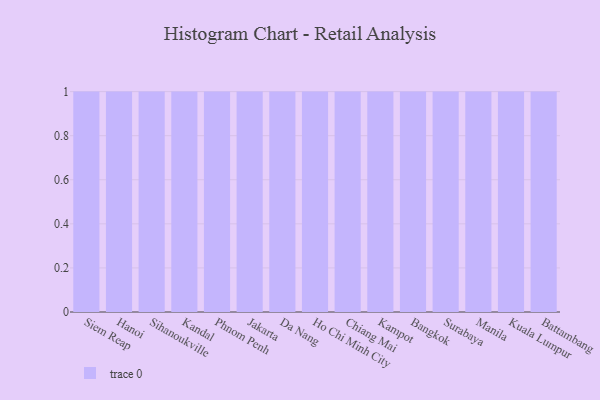
{"axis": {"x": "City", "y": "Waste Production (Tons)"}, "legend": [""], "data": [{"x": "Siem Reap", "y": 30, "type": ""}, {"x": "Hanoi", "y": 14, "type": ""}, {"x": "Sihanoukville", "y": 2, "type": ""}, {"x": "Kandal", "y": 17, "type": ""}, {"x": "Phnom Penh", "y": 93, "type": ""}, {"x": "Jakarta", "y": 85, "type": ""}, {"x": "Da Nang", "y": 75, "type": ""}, {"x": "Ho Chi Minh City", "y": 73, "type": ""}, {"x": "Chiang Mai", "y": 71, "type": ""}, {"x": "Kampot", "y": 60, "type": ""}, {"x": "Bangkok", "y": 45, "type": ""}, {"x": "Surabaya", "y": 30, "type": ""}, {"x": "Manila", "y": 78, "type": ""}, {"x": "Kuala Lumpur", "y": 66, "type": ""}, {"x": "Battambang", "y": 92, "type": ""}]}